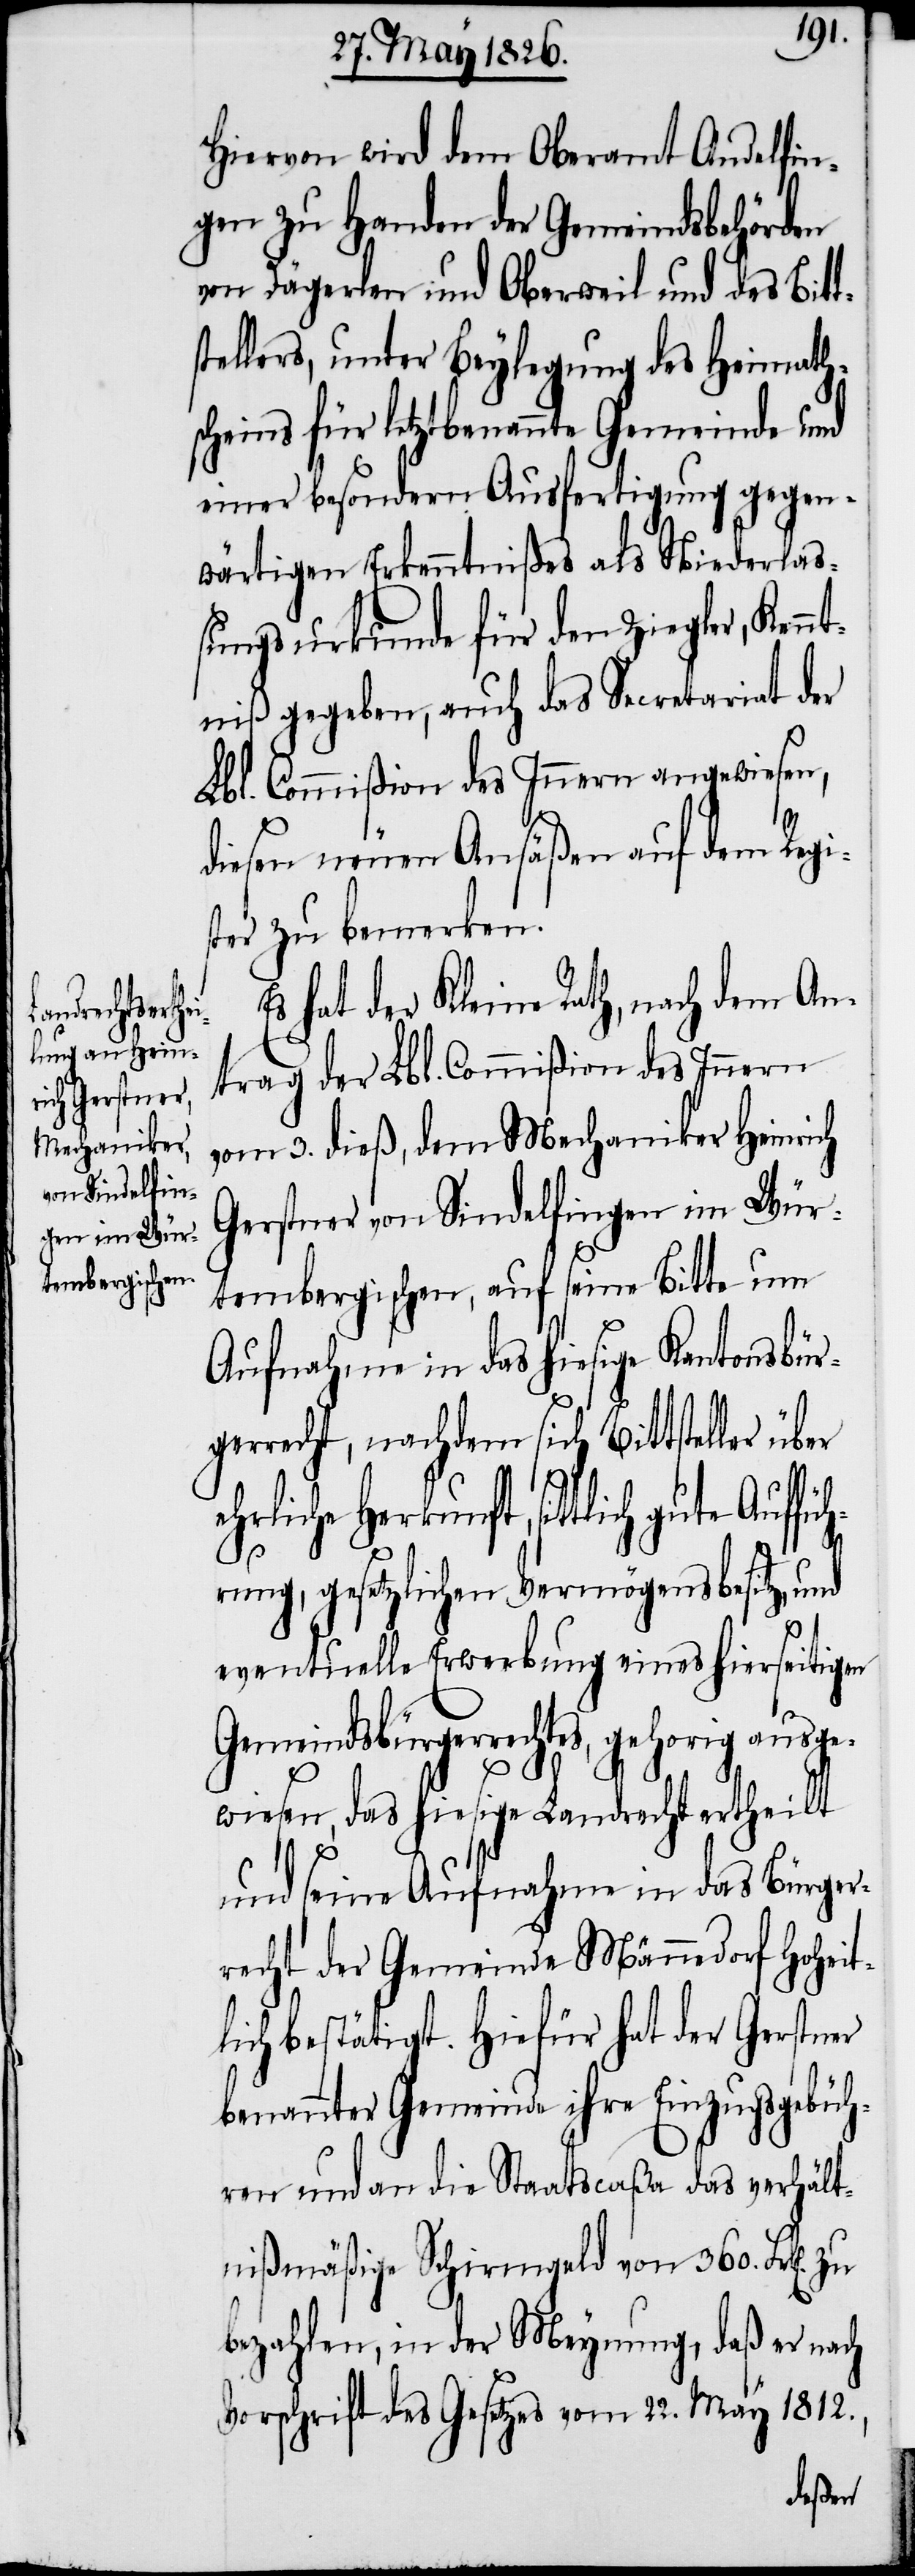
ausge¬

Hiervon wird dem Oberamt Andelfin¬
gen zu Handen der Gemeindsbehörden
von Dägerlen und Oberweil und des Bitt¬
tellers, unter Beylegung des Heimath¬
scheins für letztbenannte Gemeinde und
einer besondern Ausfertigung gegen¬
wärtigen Erkenntnißes als Niederlaß¬
ungsurkunde für den Ziegler, Kenn¬
tniß gegeben, auch das Secretariat der
Lbl. Commißion des Innern angewiesen,
diesen neuen Ansäßen auf dem Regi¬
ster zu bemerken.
Es hat der Kleine Rath, nach dem An¬
trag der Lbl. Commißion des Innern
vom 3. dieß, dem Mechaniker Heinrich
Gerstner von Sindelfingen im Wür¬
tembergischen, auf seine Bitte um
Aufnahme in das hiesige Kantonsbür¬
gerrecht, nachdem sich Bittsteller
ehrliche Herkunft, sittlich
s¬
rung, gesetzlichen Vermögensbesitz, und
eventuelle Erwerbung eines hierseitigen
wiesen, das hiesige Landrecht ertheilt
und seine Aufnahme in das Bürger¬
recht der Gemeinde Männedorf hoheit¬
lich bestätigt. Hiefür hat der Gerstner
benannter Gemeinde ihre Einzugsgebüh¬
ren und an die Staatscaßa das verhält¬
nißmäßige Schirmgeld von 360. Frk[en].
bezahlen, in der Meynung, daß er nach
Vorschrift des Gesetzes vom 22. May 1812.,